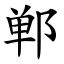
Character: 郸